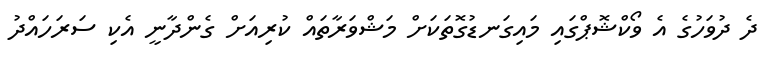
ދެ ދުވަހުގެ އެ ވޯކްޝޮޕްގައި މައިގަނޑުގޮތަކަށް މަޝްވަރާތައް ކުރިއަށް ގެންދާނީ އެކި ސަރަހައްދު